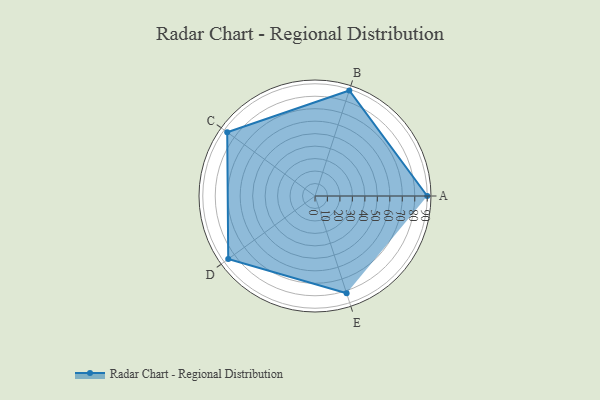
{"axis": {"x": "Skill", "y": "Score"}, "legend": ["Profile"], "data": [{"x": "A", "y": 90.0, "type": "Profile"}, {"x": "B", "y": 89.0, "type": "Profile"}, {"x": "C", "y": 87.0, "type": "Profile"}, {"x": "D", "y": 86.0, "type": "Profile"}, {"x": "E", "y": 82.0, "type": "Profile"}]}